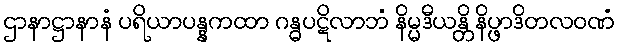
ဌာနာဋ္ဌာနာနံ ပရိယာပန္နကထာ ဂန္ဓပဋိလာဘံ နိမ္မဒီယန္တိ နိပ္ဖာဒိတလဝဏံ